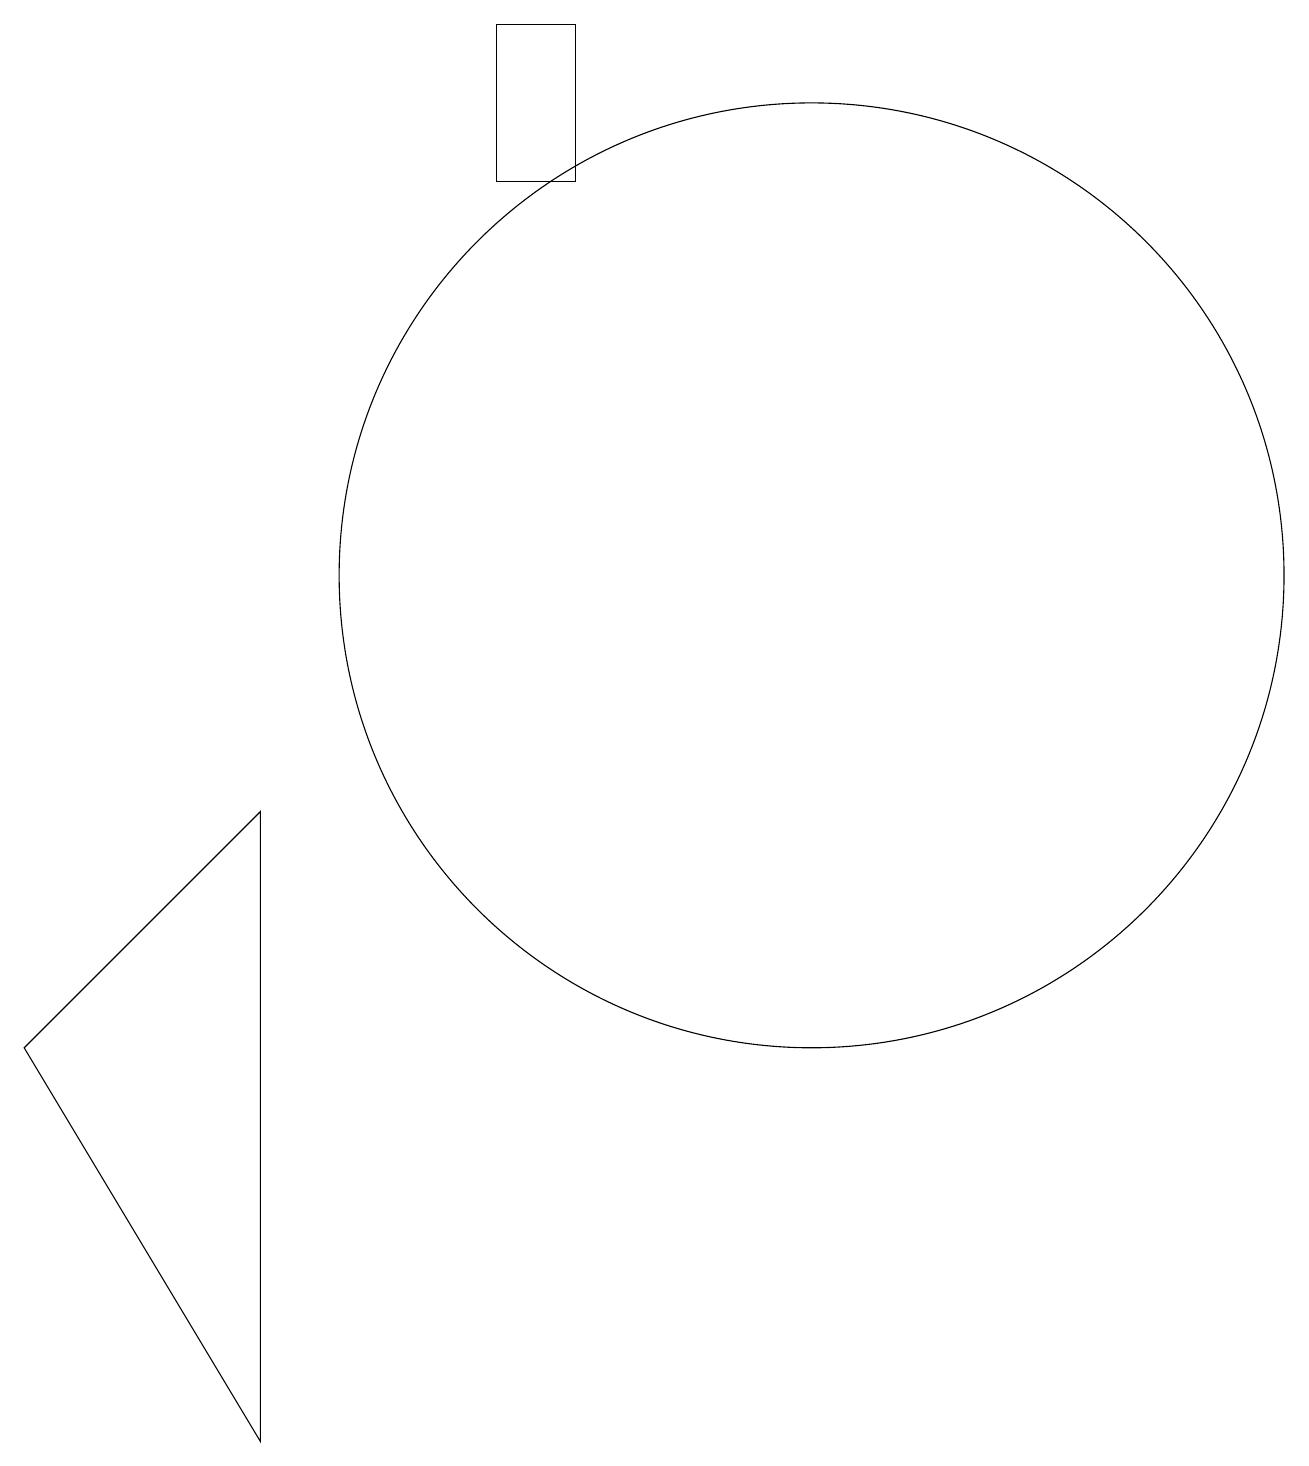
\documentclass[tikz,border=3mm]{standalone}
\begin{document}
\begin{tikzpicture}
\draw (1,5) -- (4,0) -- (4,8) -- cycle;
\draw (7,16) rectangle (8,18);
\draw (11,11) circle (6);
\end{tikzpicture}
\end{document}